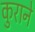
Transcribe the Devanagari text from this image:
कुराने